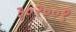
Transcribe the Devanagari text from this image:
३०२००१